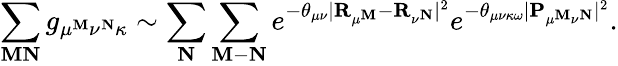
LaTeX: \sum_{\mathbf{M}\mathbf{N}}g_{\mu^{\mathbf{M}}\nu^{\mathbf{N}}\kappa}\sim\sum_{\mathbf{N}}\sum_{\mathbf{M}-\mathbf{N}}e^{-\theta_{\mu\nu}|\mathbf{R}_{\mu^{\mathbf{M}}}-\mathbf{R}_{\nu^{\mathbf{N}}}|^{2}}e^{-\theta_{\mu\nu\kappa\omega}|\mathbf{P}_{\mu^{\mathbf{M}}\nu^{\mathbf{N}}}|^{2}}.